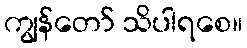
ကျွန်တော် သိပါရစေ။